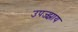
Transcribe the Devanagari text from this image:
उपज्झाय